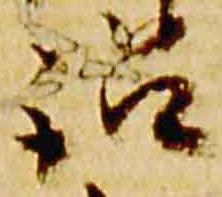
訟